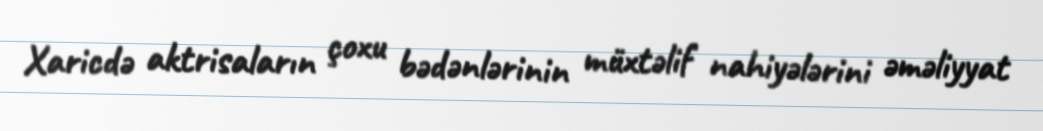
Xaricdə aktrisaların çoxu bədənlərinin müxtəlif nahiyələrini əməliyyat